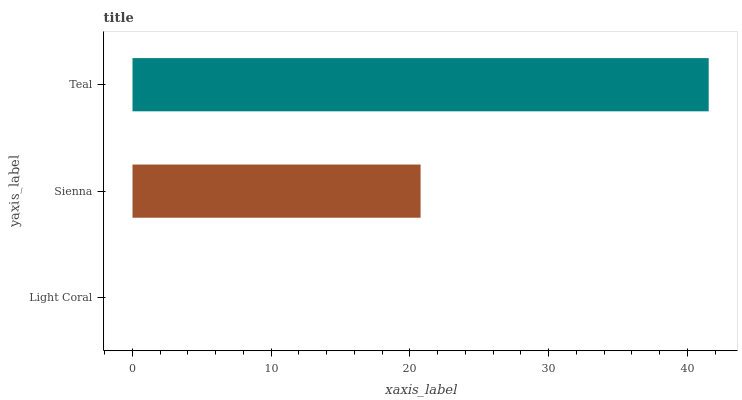
| yaxis_label | bars |
 | --- | --- |
 | Light Coral | 0 |
 | Sienna | 20.8 |
 | Teal | 41.5 |